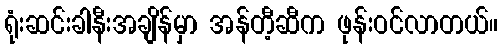
ရုံးဆင်းခါနီးအချိန်မှာ အန်တီ့ဆီက ဖုန်းဝင်လာတယ်။